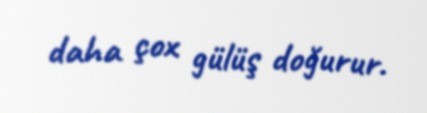
daha çox gülüş doğurur.